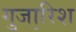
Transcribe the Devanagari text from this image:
गुजा़रिश